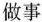
做事